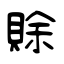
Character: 賖